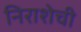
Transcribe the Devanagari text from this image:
निराशेची